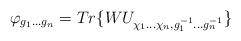
LaTeX: \begin{align*} \varphi_{g_1 ... g_n} = Tr \{ W U_{\chi_1 ... \chi_n,g_1^{-1} ... g_n^{-1}} \}\end{align*}